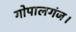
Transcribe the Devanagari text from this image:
गोपालगंज।